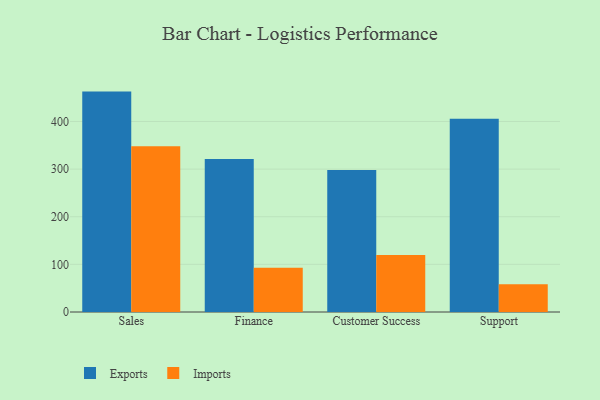
{"axis": {"x": "Department", "y": "Temperature (°C)"}, "legend": ["Exports", "Imports"], "data": [{"x": "Sales", "y": 462.7, "type": "Exports"}, {"x": "Sales", "y": 348.1, "type": "Imports"}, {"x": "Finance", "y": 321.1, "type": "Exports"}, {"x": "Finance", "y": 92.8, "type": "Imports"}, {"x": "Customer Success", "y": 298.2, "type": "Exports"}, {"x": "Customer Success", "y": 119.6, "type": "Imports"}, {"x": "Support", "y": 405.7, "type": "Exports"}, {"x": "Support", "y": 58.5, "type": "Imports"}]}